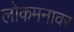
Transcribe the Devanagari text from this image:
लोकमनावर